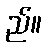
ည်။